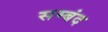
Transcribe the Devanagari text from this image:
सम्बंद